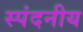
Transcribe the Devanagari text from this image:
स्पंदनीय